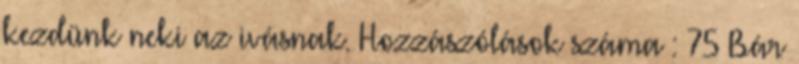
kezdünk neki az ivásnak. Hozzászólások száma : 75 Bár